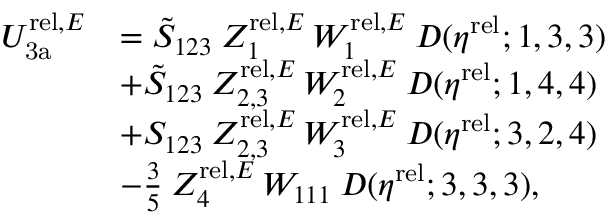
\begin{array} { r l } { U _ { \mathrm { 3 a } } ^ { \mathrm { r e l } , E } } & { = \tilde { S } _ { 1 2 3 } \: Z _ { 1 } ^ { \mathrm { r e l } , E } \, W _ { 1 } ^ { \mathrm { r e l } , E } \: D ( \eta ^ { \mathrm { r e l } } ; 1 , 3 , 3 ) } \\ & { + \tilde { S } _ { 1 2 3 } \: Z _ { 2 , 3 } ^ { \mathrm { r e l } , E } \, W _ { 2 } ^ { \mathrm { r e l } , E } \: D ( \eta ^ { \mathrm { r e l } } ; 1 , 4 , 4 ) } \\ & { + S _ { 1 2 3 } \: Z _ { 2 , 3 } ^ { \mathrm { r e l } , E } \, W _ { 3 } ^ { \mathrm { r e l } , E } \: D ( \eta ^ { \mathrm { r e l } } ; 3 , 2 , 4 ) } \\ & { - \frac 3 5 \: Z _ { 4 } ^ { \mathrm { r e l } , E } \, W _ { 1 1 1 } \: D ( \eta ^ { \mathrm { r e l } } ; 3 , 3 , 3 ) , } \end{array}